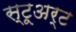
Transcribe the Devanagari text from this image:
स्टूअर्ट